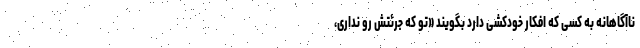
ناآگاهانه به کسی که افکار خودکشی دارد بگویند «تو که جرئتش رو نداری،